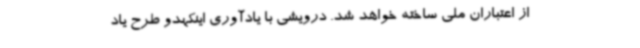
از اعتباران ملی ساخته خواهد شد. درویشی با یادآوری اینکهدو طرح یاد